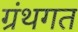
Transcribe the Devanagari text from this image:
ग्रंथगत